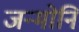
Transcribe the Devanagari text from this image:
जन्मोनि